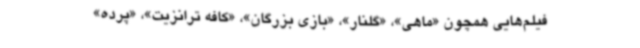
فیلم‌هایی همچون «ماهی»، «گلنار»، «بازی بزرگان»، «کافه ترانزیت»، «پرده»